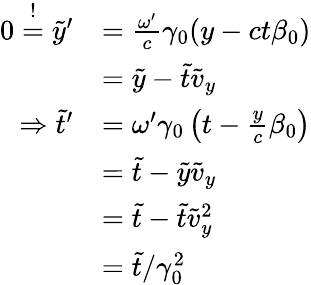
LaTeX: \begin{array}{rl}{0\overset{!}{=}\tilde{y}^{\prime}}&{=\frac{\omega^{\prime}}{c}\gamma_{0}(y-ct\beta_{0})}\\ &{=\tilde{y}-\tilde{t}\tilde{v}_{y}}\\ {\Rightarrow\tilde{t}^{\prime}}&{=\omega^{\prime}\gamma_{0}\left(t-\frac{y}{c}\beta_{0}\right)}\\ &{=\tilde{t}-\tilde{y}\tilde{v}_{y}}\\ &{=\tilde{t}-\tilde{t}\tilde{v}_{y}^{2}}\\ &{=\tilde{t}/\gamma_{0}^{2}}\end{array}